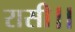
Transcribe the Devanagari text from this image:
रासी।।